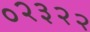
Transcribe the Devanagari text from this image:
०२३२२